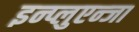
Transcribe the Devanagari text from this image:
इन्प्लुएन्जा